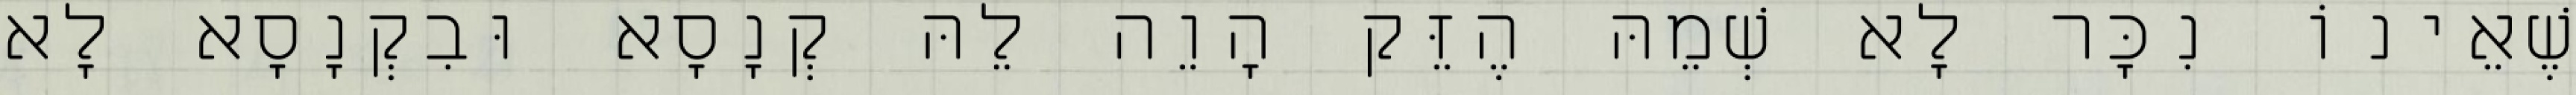
שֶׁאֵינוֹ נִכָּר לָא שְׁמֵהּ הֶזֵּק הָוֵה לֵהּ קְנָסָא וּבִקְנָסָא לָא